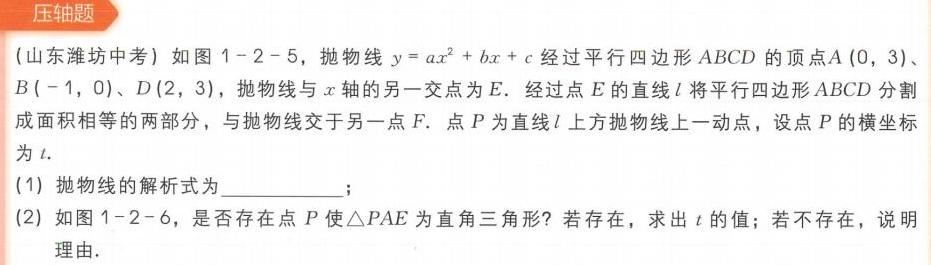
(山东潍坊中考) 如图 1 - 2 - 5，抛物线\(y = ax^{2}+bx + c\)经过平行四边形\(ABCD\)的顶点\(A(0,3)\)、\(B(-1,0)\)、\(D(2,3)\)，抛物线与\(x\)轴的另一交点为\(E\). 经过点\(E\)的直线\(l\)将平行四边形\(ABCD\)分割成面积相等的两部分，与抛物线交于另一点\(F\). 点\(P\)为直线\(l\)上方抛物线上一动点，设点\(P\)的横坐标为\(t\).
(1) 抛物线的解析式为  ；
(2) 如图 1 - 2 - 6，是否存在点\(P\)使\(\triangle PAE\)为直角三角形？若存在，求出\(t\)的值；若不存在，说明理由.